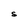
Character: S